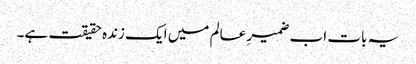
یہ بات اب ضمیرِ عالم میں ایک زندہ حقیقت ہے۔